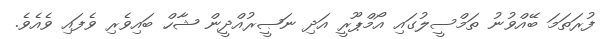
ފުރަތަމަ ބޭއްވުނު ތަމްސީލުގައި އޯމްޕޫރީ އަދި ނަޞީރުއްދީން ޝާހް ބައިވެރި ވެފައި ވެއެވެ.